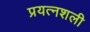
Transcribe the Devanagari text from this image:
प्रयत्नशली